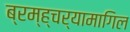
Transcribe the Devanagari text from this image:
ब्रम्ह्चर्यामागिल